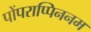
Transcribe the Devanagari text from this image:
पोंपराप्पिननम